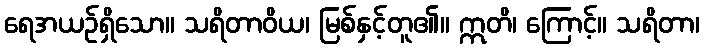
ရေအယဉ်ရှိသော။ သရိတာဝိယ၊ မြစ်နှင့်တူ၏။ ဣတိ၊ ကြောင့်။ သရိတာ၊